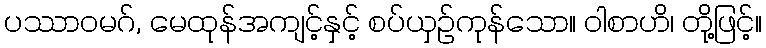
ပဿာဝမဂ်, မေထုန်အကျင့်နှင့် စပ်ယှဉ်ကုန်သော။ ဝါစာဟိ၊ တို့ဖြင့်။